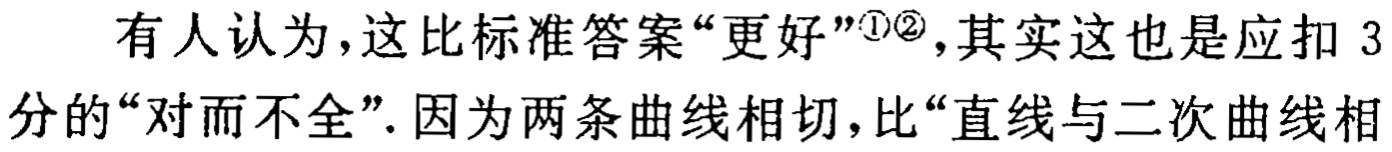
有人认为，这比标准答案“更好”\textsuperscript{\textcircled{1}\textcircled{2}}，其实这也是应扣3分的“对而不全”. 因为两条曲线相切，比“直线与二次曲线相